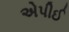
એપીઈ